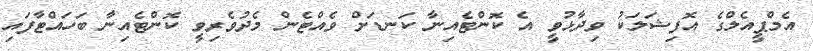
އެމްޕީއެލްގެ އޮފިޝަލަކު ވިދާޅުވީ އެ ކޮންޓެއިނާ ކަނޑަށް ވެއްޓެން މެދުވެރިވީ ކޮންޓެއިނާ ބަހައްޓާފައި